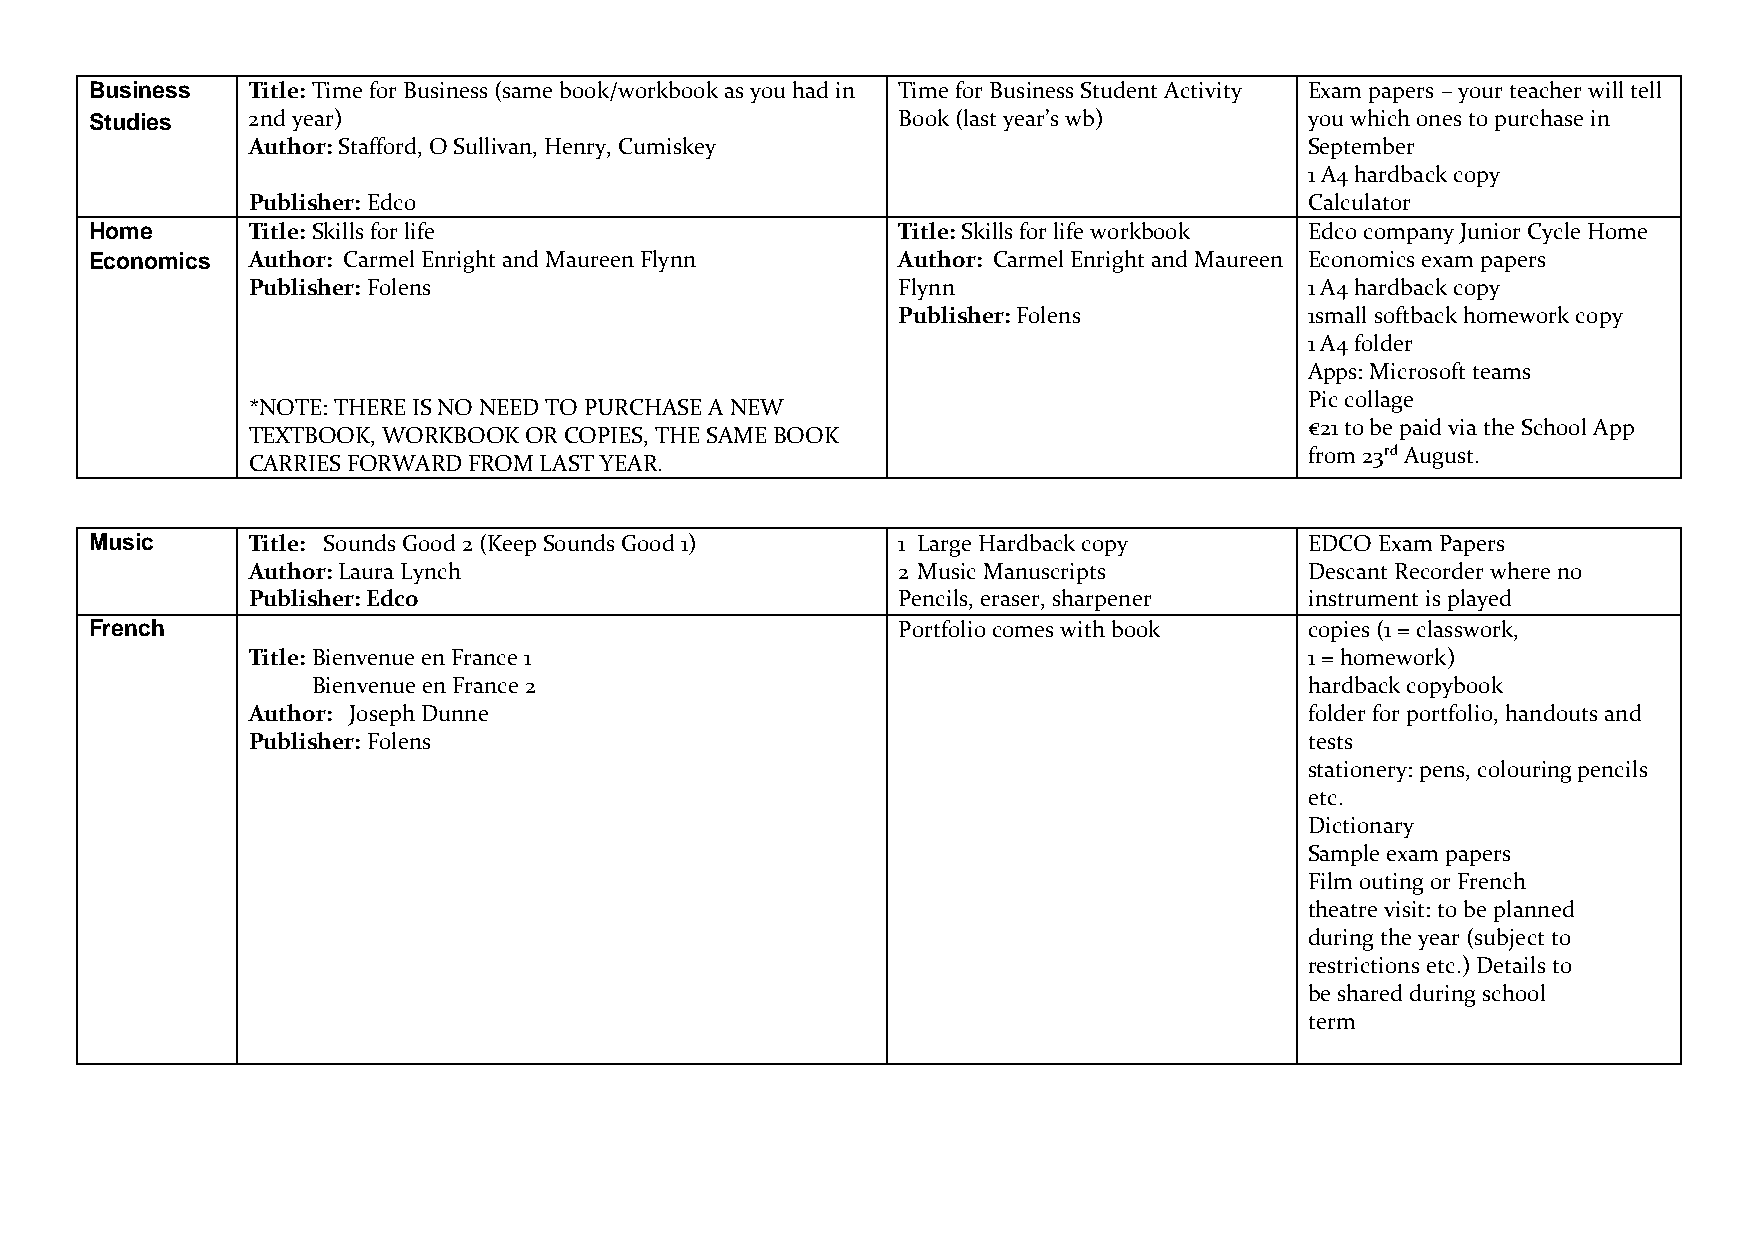
Business  Title: Time for Business (same book/workbook as you had in Time for Business Student Activity Exam papers – your teacher will tell
 Studies   2nd year)                                  Book (last year’s wb)       you which ones to purchase in
 Author: Stafford, O Sullivan, Henry, Cumiskey                          September
 1 A4 hardback copy
 Publisher: Edco                                                        Calculator
 Home      Title: Skills for life                     Title: Skills for life workbook Edco company Junior Cycle Home
 Economics Author: Carmel Enright and Maureen Flynn   Author: Carmel Enright and Maureen Economics exam papers
 Publisher: Folens                          Flynn                       1 A4 hardback copy
 Publisher: Folens           1small softback homework copy
 1 A4 folder
 Apps: Microsoft teams
 Pic collage
 *NOTE: THERE IS NO NEED TO PURCHASE A NEW
 €21 to be paid via the School App
 TEXTBOOK, WORKBOOK OR COPIES, THE SAME BOOK
 from 23rd August.
 CARRIES FORWARD FROM LAST YEAR.
 Music     Title: Sounds Good 2 (Keep Sounds Good 1)  1 Large Hardback copy       EDCO Exam Papers
 Author: Laura Lynch                        2 Music Manuscripts         Descant Recorder where no
 Publisher: Edco                            Pencils, eraser, sharpener  instrument is played
 French                                               Portfolio comes with book   copies (1 = classwork,
 Title: Bienvenue en France 1                                           1 = homework)
 Bienvenue en France 2                                             hardback copybook
 Author: Joseph Dunne                                                   folder for portfolio, handouts and
 Publisher: Folens                                                      tests
 stationery: pens, colouring pencils
 etc.
 Dictionary
 Sample exam papers
 Film outing or French
 theatre visit: to be planned
 during the year (subject to
 restrictions etc.) Details to
 be shared during school
 term